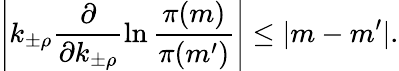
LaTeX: \left|k_{\pm\rho}\frac{\partial}{\partial k_{\pm\rho}}\ln\frac{\pi(m)}{\pi(m^{\prime})}\right|\leq|m-m^{\prime}|.